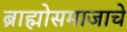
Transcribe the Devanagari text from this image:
ब्राह्मोसमाजाचे